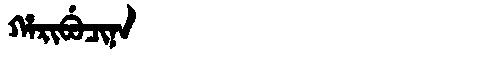
Manchu: ᡥᠠᡵᡳᠪᡠᠴᡳᠨᠠ
Romanization: HARIBUCINA